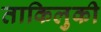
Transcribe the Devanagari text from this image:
ताकिलुकी